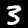
Digit: 3